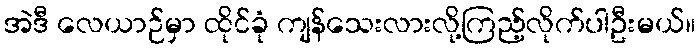
အဲဒီ လေယာဉ်မှာ ထိုင်ခုံ ကျန်သေးလားလို့ကြည့်လိုက်ပါဦးမယ်။